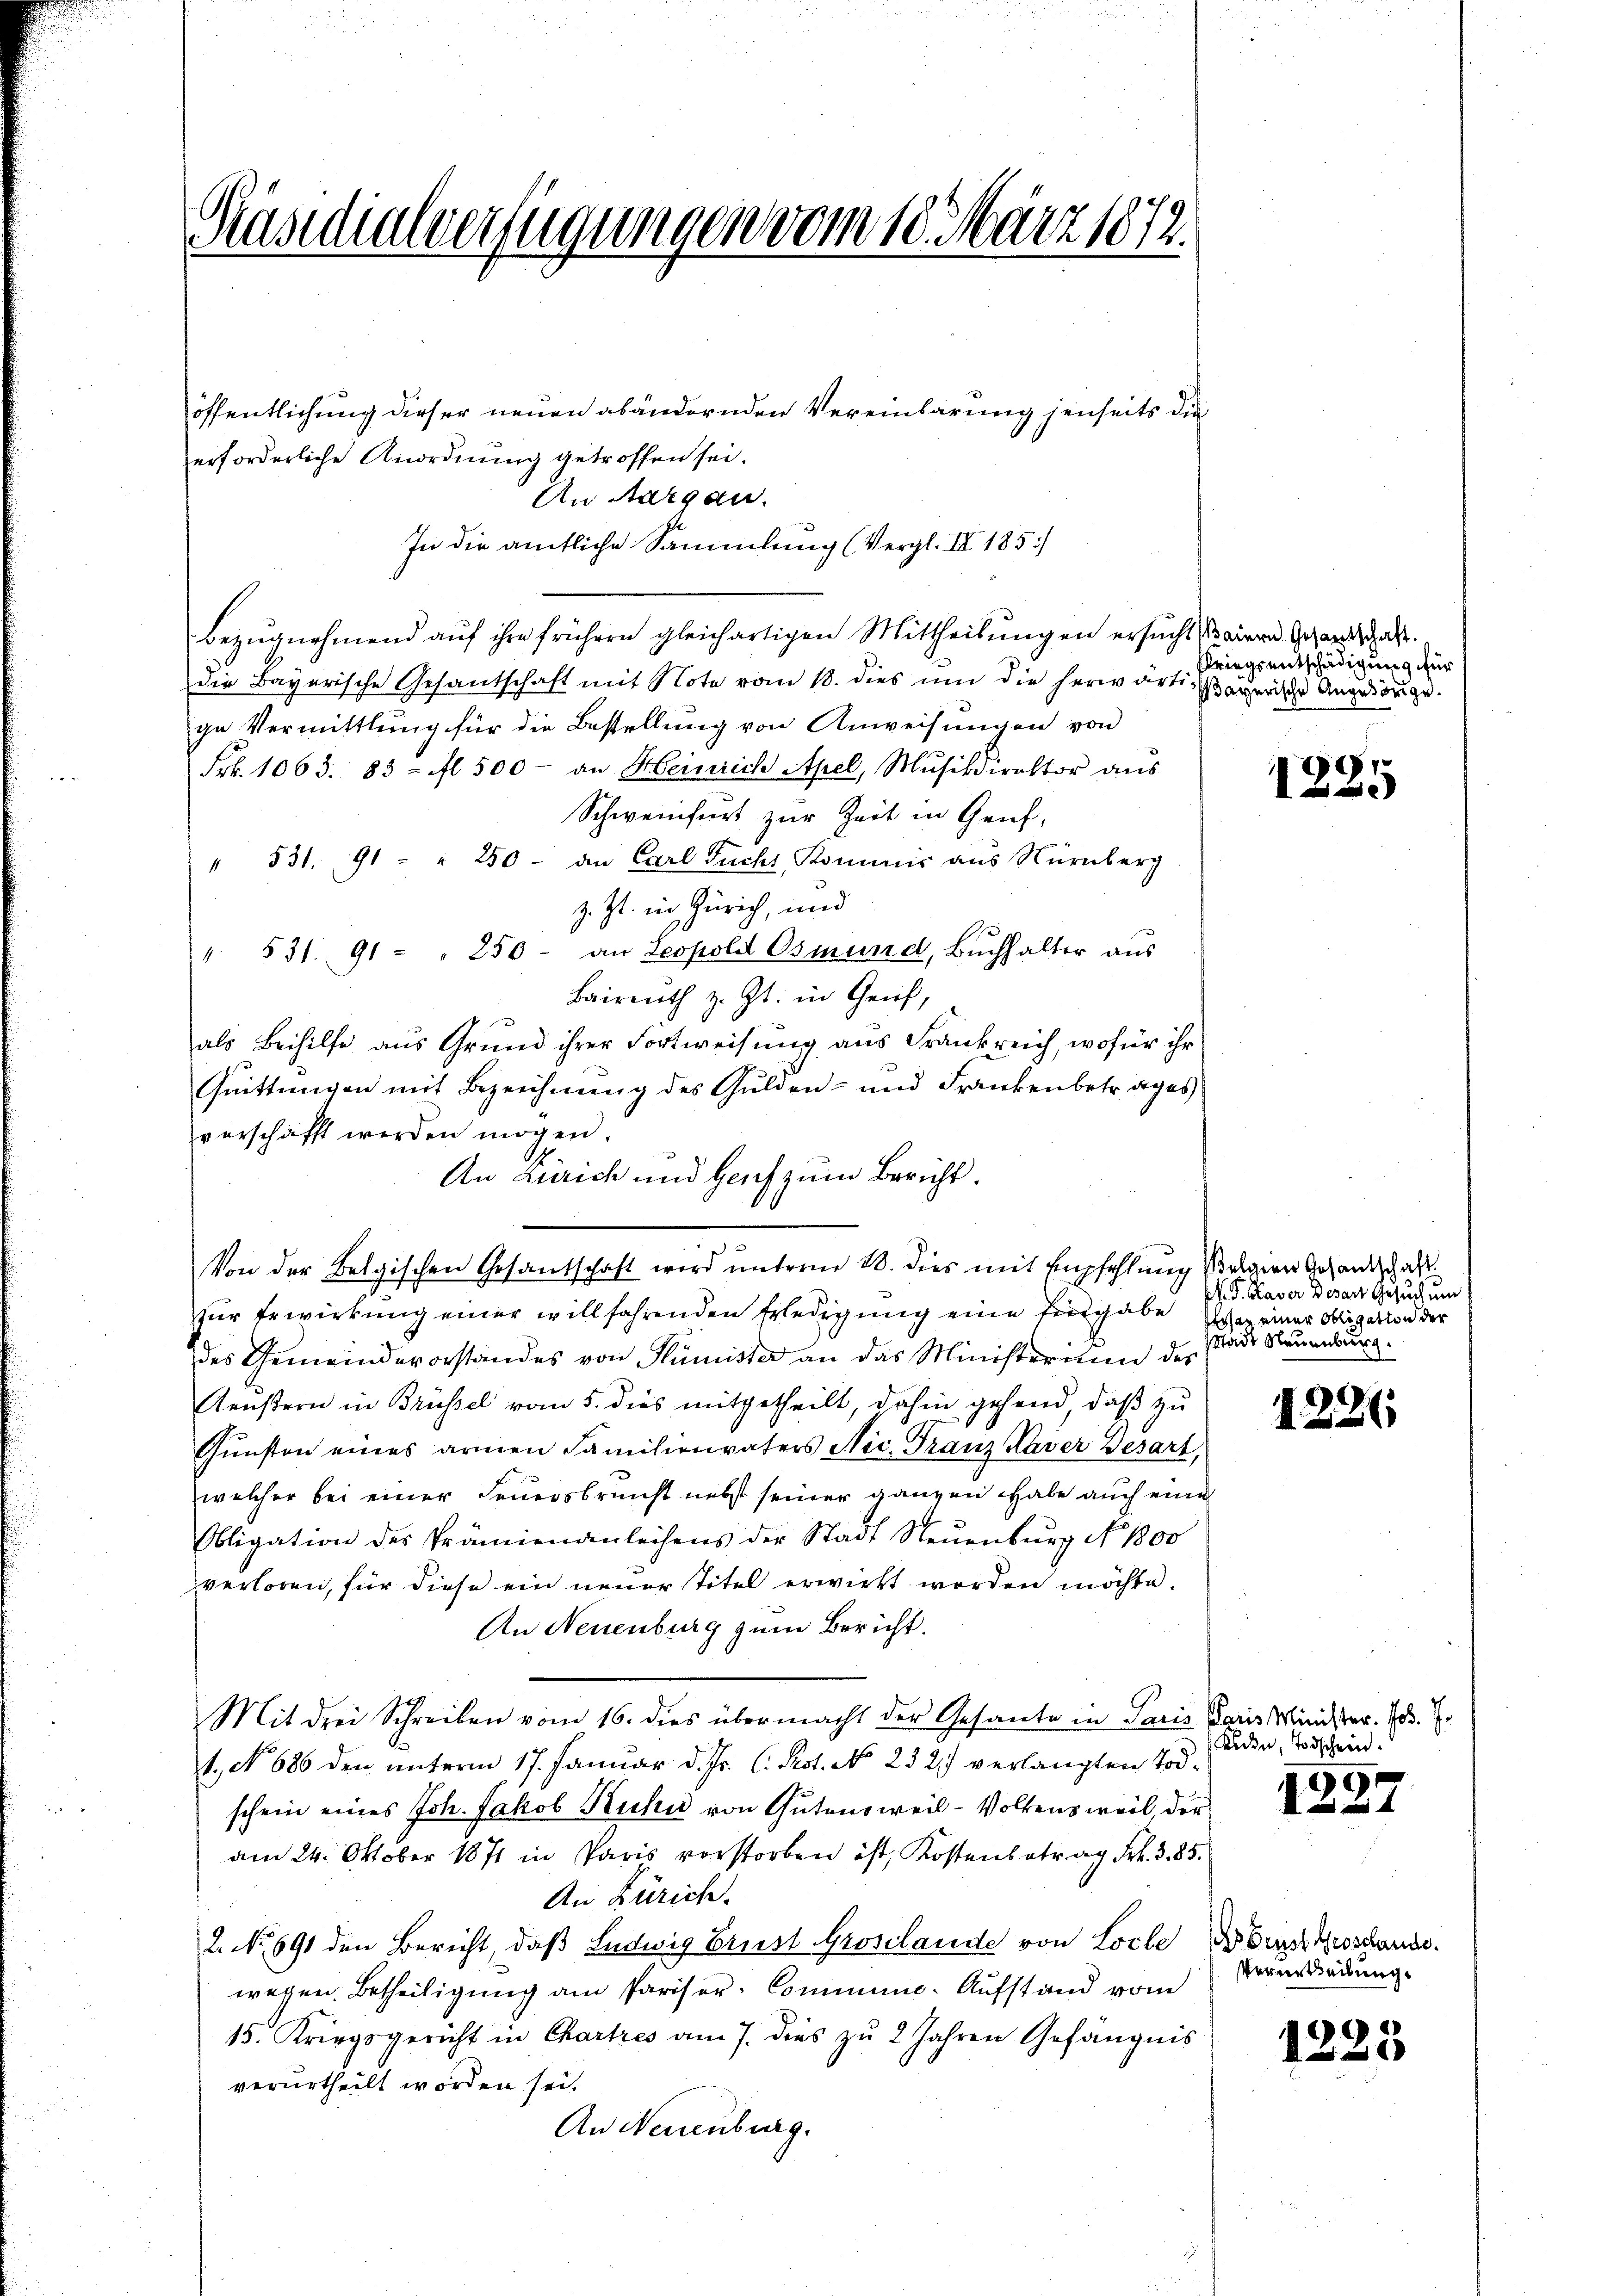
Päsidialverfügungen vom 18. März 1872.

öffentlichung dieser neuen abändernden Vereinbarung jenseits die
erforderliche Anordnung getroffen sei.
An Aargau.
In die amtliche Sammlung (Vergl. IV 185)
Bezugnehmend auf ihre frühern gleichartigen Mittheilungen ersucht einen Gesandtschaft.
die Bayerische Gesantschaft mit Note vom 18. dies um die herwärti, Payerische Angelange.
ge Vermittlung für die Bestellung von Anweisungen von
Frk. 1063. 83. fl. 500 - an Heinrich Apel, Musikdirektor aŭs
Schweinfurt zur Zeit in Genf,
" 531. 91 - " 250. an Carl Fuchs, Kommis aus Nürnberg
z. Zt. in Zürich, und
". 531. 91 - " 250 - an Leopold Osmund, Buchhalter aus
Baireuth z. Zt. in Genf,
als Beihilfe aus Grund ihrer Fortweisung aus Frankreich, wofür ihr
Quittungen mit Bezeichnung des Gulden- und Frankenbetrages
verschafft werden mögen.
Von der Belgischen Gesandschaft wird unterm 18. dies mit empfehlung Belgien Gesandtschaft
zur Erwirkung einer willfahrenden Erledigung eine Entgabe
des Gemeindevorstandes von Kümister an das Ministerium des
Kenstern in Brüssel vom 5. dies mitgetheilt, dahin gehend, daß zu
Gunsten eines armen Familienvaters Nic. Franz Kaver Besart,
welcher bei einer Feuersbrunst nebst seiner ganzen habe auch eine
Obligation des Prämiendenleichens der Stadt Neŭenbŭrg No 1800
verloren, für diese ein neuer Titel erwirkt worden möchte.
An Neuenburg zum Bericht.
Mit drei Schreiben vom 16. dies übermacht der Gesante in Paris Paris Minister. E. E.
1., No 686 den unterm 17. Januar d. Js. l. Pest. No 232.) verlangten Todschein eines Joh. Jakob Kuhn von Gutensweil - Volkens weil der
am 24. Oktober 1871 in Paris vorstorben ist, Kostenbetrag Frk. 385.
An Zürich.
2. No. 691 den Bericht, daß Ludwig Brust Grosslande von Loche
wegen. Betheiligung am Pariser-Commune. Aufstand vom
15. Kriegsgericht in Chartres am 7. dies zu 2 Jahren Gefängnis
verurtheilt worden sei.
An Neuenburg.

An Zürich und Genf zum Bericht.

Kriegsentschädigung für

)
.

P. G. Saver Desart Gesuch um
an einer Obligation der
Stadt Neuenburg.

1226

Beden, Todschein.

1237

Ihr Brust Grosshande.
Verurtheilung

1223